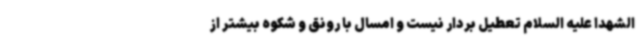
الشهدا علیه السلام تعطیل بردار نیست و امسال با رونق و شکوه بیشتر از